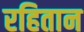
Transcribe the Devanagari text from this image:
रहितान